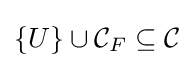
\{U\}\cup {\mathcal {C}}_{F}\subseteq {\mathcal {C}}